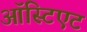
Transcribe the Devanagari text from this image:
ऑस्टिएट